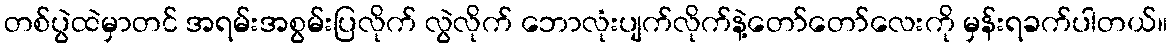
တစ်ပွဲထဲမှာတင် အရမ်းအစွမ်းပြလိုက် လွဲလိုက် ဘောလုံးပျက်လိုက်နဲ့တော်တော်လေးကို မှန်းရခက်ပါတယ်။